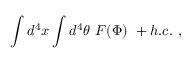
\int d ^ { 4 } x \int d ^ { 4 } \theta \ F ( \Phi ) \ + h . c . \ ,